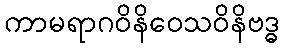
ကာမရာဂဝိနိဝေသဝိနိဗဒ္ဓ